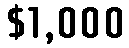
$1,000